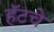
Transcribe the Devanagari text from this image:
हॅटचे